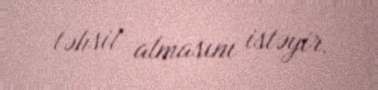
təhsil almasını istəyir.